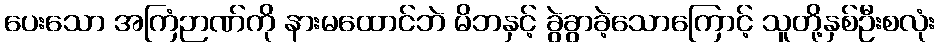
ပေးသော အကြံဉာဏ်ကို နားမထောင်ဘဲ မိဘနှင့် ခွဲခွာခဲ့သောကြောင့် သူတို့နှစ်ဦးစလုံး